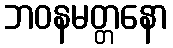
ဘဝနမတ္တနော